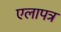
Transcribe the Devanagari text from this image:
एलापत्र